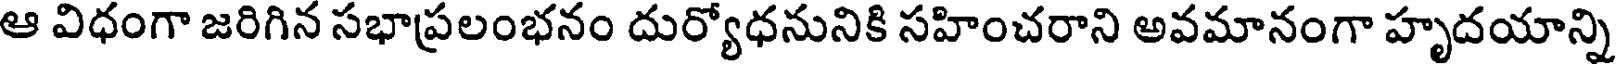
ఆ విధంగా జరిగిన సభాప్రలంభనం దుర్యోధనునికి సహించరాని అవమానంగా హృదయాన్ని